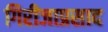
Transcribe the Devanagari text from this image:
गिरीजाप्रसाद